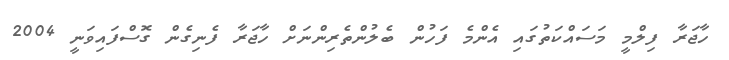
ހާޖަރާ ފިލްމީ މަސައްކަތުގައި އެންމެ ފަހުން ބެލުންތެރިންނަށް ހާޖަރާ ފެނިގެން ގޮސްފައިވަނީ 2004